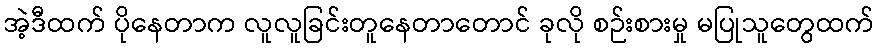
အဲ့ဒီထက် ပိုနေတာက လူလူခြင်းတူနေတာတောင် ခုလို စဉ်းစားမှု မပြုသူတွေထက်